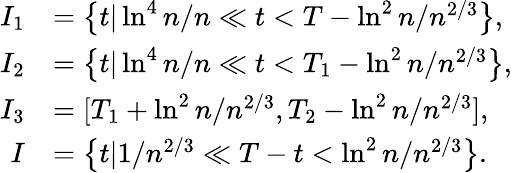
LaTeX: \begin{array}{rl}{I_{1}}&{=\left\{ t|\ln^{4}n/n\ll t<T-\ln^{2}n/n^{2/3}\right\} ,}\\ {I_{2}}&{=\left\{ t|\ln^{4}n/n\ll t<T_{1}-\ln^{2}n/n^{2/3}\right\} ,}\\ {I_{3}}&{=[T_{1}+\ln^{2}n/n^{2/3},T_{2}-\ln^{2}n/n^{2/3}],}\\ {I}&{=\left\{ t|1/n^{2/3}\ll T-t<\ln^{2}n/n^{2/3}\right\} .}\end{array}